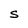
Character: S